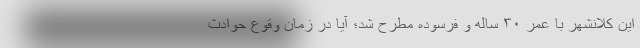
این کلانشهر با عمر ۳۰ ساله و فرسوده مطرح شد؛ آیا در زمان وقوع حوادث